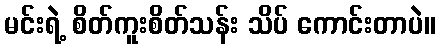
မင်းရဲ့ စိတ်ကူးစိတ်သန်း သိပ် ကောင်းတာပဲ။